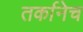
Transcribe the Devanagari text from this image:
तर्कानेच